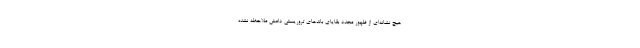
هیچ نشانه‌ای از ظهور مجدد بقایای باندهای تروریستی داعش ملاحظه نشده